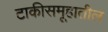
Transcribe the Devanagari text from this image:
टाकीसमूहातील